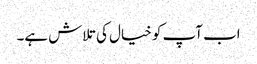
اب آپ کو خیال کی تلاش ہے۔